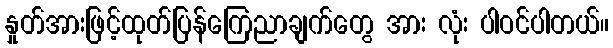
နှုတ်အားဖြင့်ထုတ်ပြန်ကြေညာချက်တွေ အား လုံး ပါဝင်ပါတယ်။